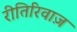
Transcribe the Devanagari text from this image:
रीतिरिवाज़